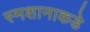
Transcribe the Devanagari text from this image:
स्मशानाकडे